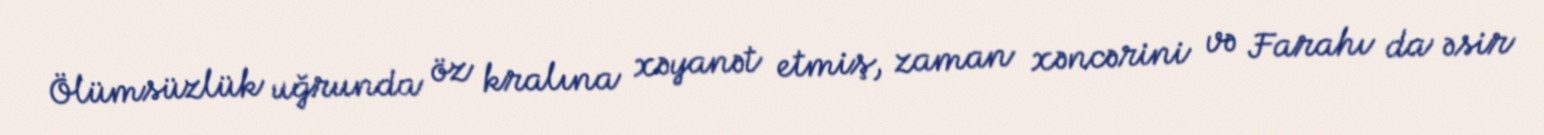
Ölümsüzlük uğrunda öz kralına xəyanət etmiş, zaman xəncərini və Farahı da əsir